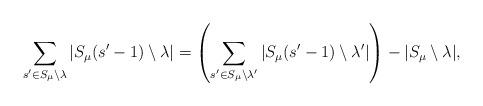
LaTeX: \begin{align*}\sum_{s' \in S_\mu \setminus \lambda} |S_\mu(s'-1) \setminus \lambda| =\left(\sum_{s' \in S_\mu \setminus \lambda'} |S_\mu(s'-1) \setminus \lambda'|\right)-|S_\mu \setminus \lambda|,\end{align*}